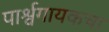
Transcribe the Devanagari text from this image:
पार्श्वगायकचा